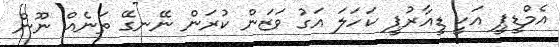
އެމްޑީޕީ އަކީ ޑީއާރުޕީ ކަހަލަ އަގު ވަޒަން ކުރަން ނޭނގޭ ތަނެއް ނޫން